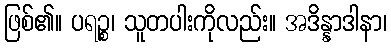
ဖြစ်၏။ ပရဉ္စ၊ သူတပါးကိုလည်း။ အဒိန္နာဒါနာ၊